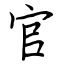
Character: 官